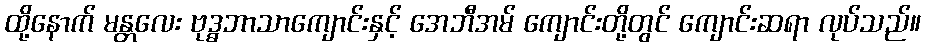
ထို့နောက် မန္တလေး ဗုဒ္ဓဘာသာကျောင်းနှင့် အေဘီအမ် ကျောင်းတို့တွင် ကျောင်းဆရာ လုပ်သည်။